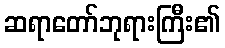
ဆရာတော်ဘုရားကြီး၏